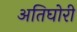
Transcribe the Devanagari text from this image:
अतिघोरी